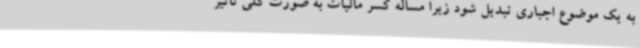
به یک موضوع اجباری تبدیل شود زیرا مساله کسر مالیات به صورت کلی تاثیر